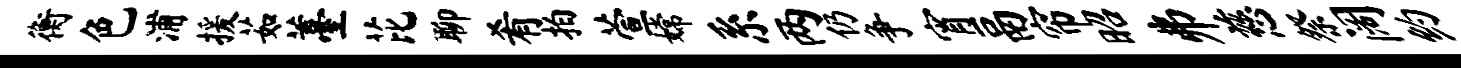
衡色浦援茹薹芘聊肴拍萱嫦系两仍争宵鬲帘昭井慈祭阔约